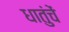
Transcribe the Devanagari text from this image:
धातुंचें